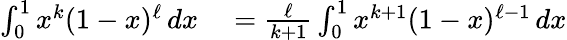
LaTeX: \begin{array}{rl}{\int_{0}^{1}x^{k}(1-x)^{\ell}\, dx}&{{}={\frac{\ell}{k+1}}\int_{0}^{1}x^{k+1}(1-x)^{\ell-1}\, dx}\end{array}